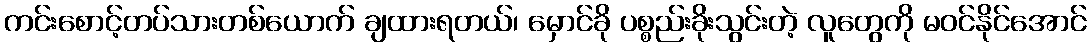
ကင်းစောင့်တပ်သားတစ်ယောက် ချထားရတယ်၊ မှောင်ခို ပစ္စည်းခိုးသွင်းတဲ့ လူတွေကို မဝင်နိုင်အောင်